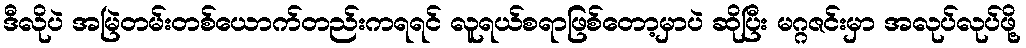
ဒီလိုပဲ အမြဲတမ်းတစ်ယောက်တည်းကရရင် လူရယ်စရာဖြစ်တော့မှာပဲ ဆိုပြီး မဂ္ဂဇင်းမှာ အလုပ်လုပ်ဖို့